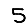
Digit: 5